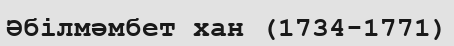
Әбілмәмбет хан (1734-1771)